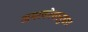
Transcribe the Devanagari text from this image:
अमरकोशानुसार